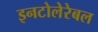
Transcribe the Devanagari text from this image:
इनटोलेरेबल